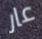
عار